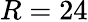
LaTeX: R=24